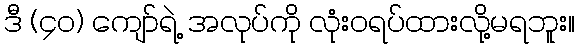
ဒီ (၄၀) ကျော်ရဲ့ အလုပ်ကို လုံးဝရပ်ထားလို့မရဘူး။